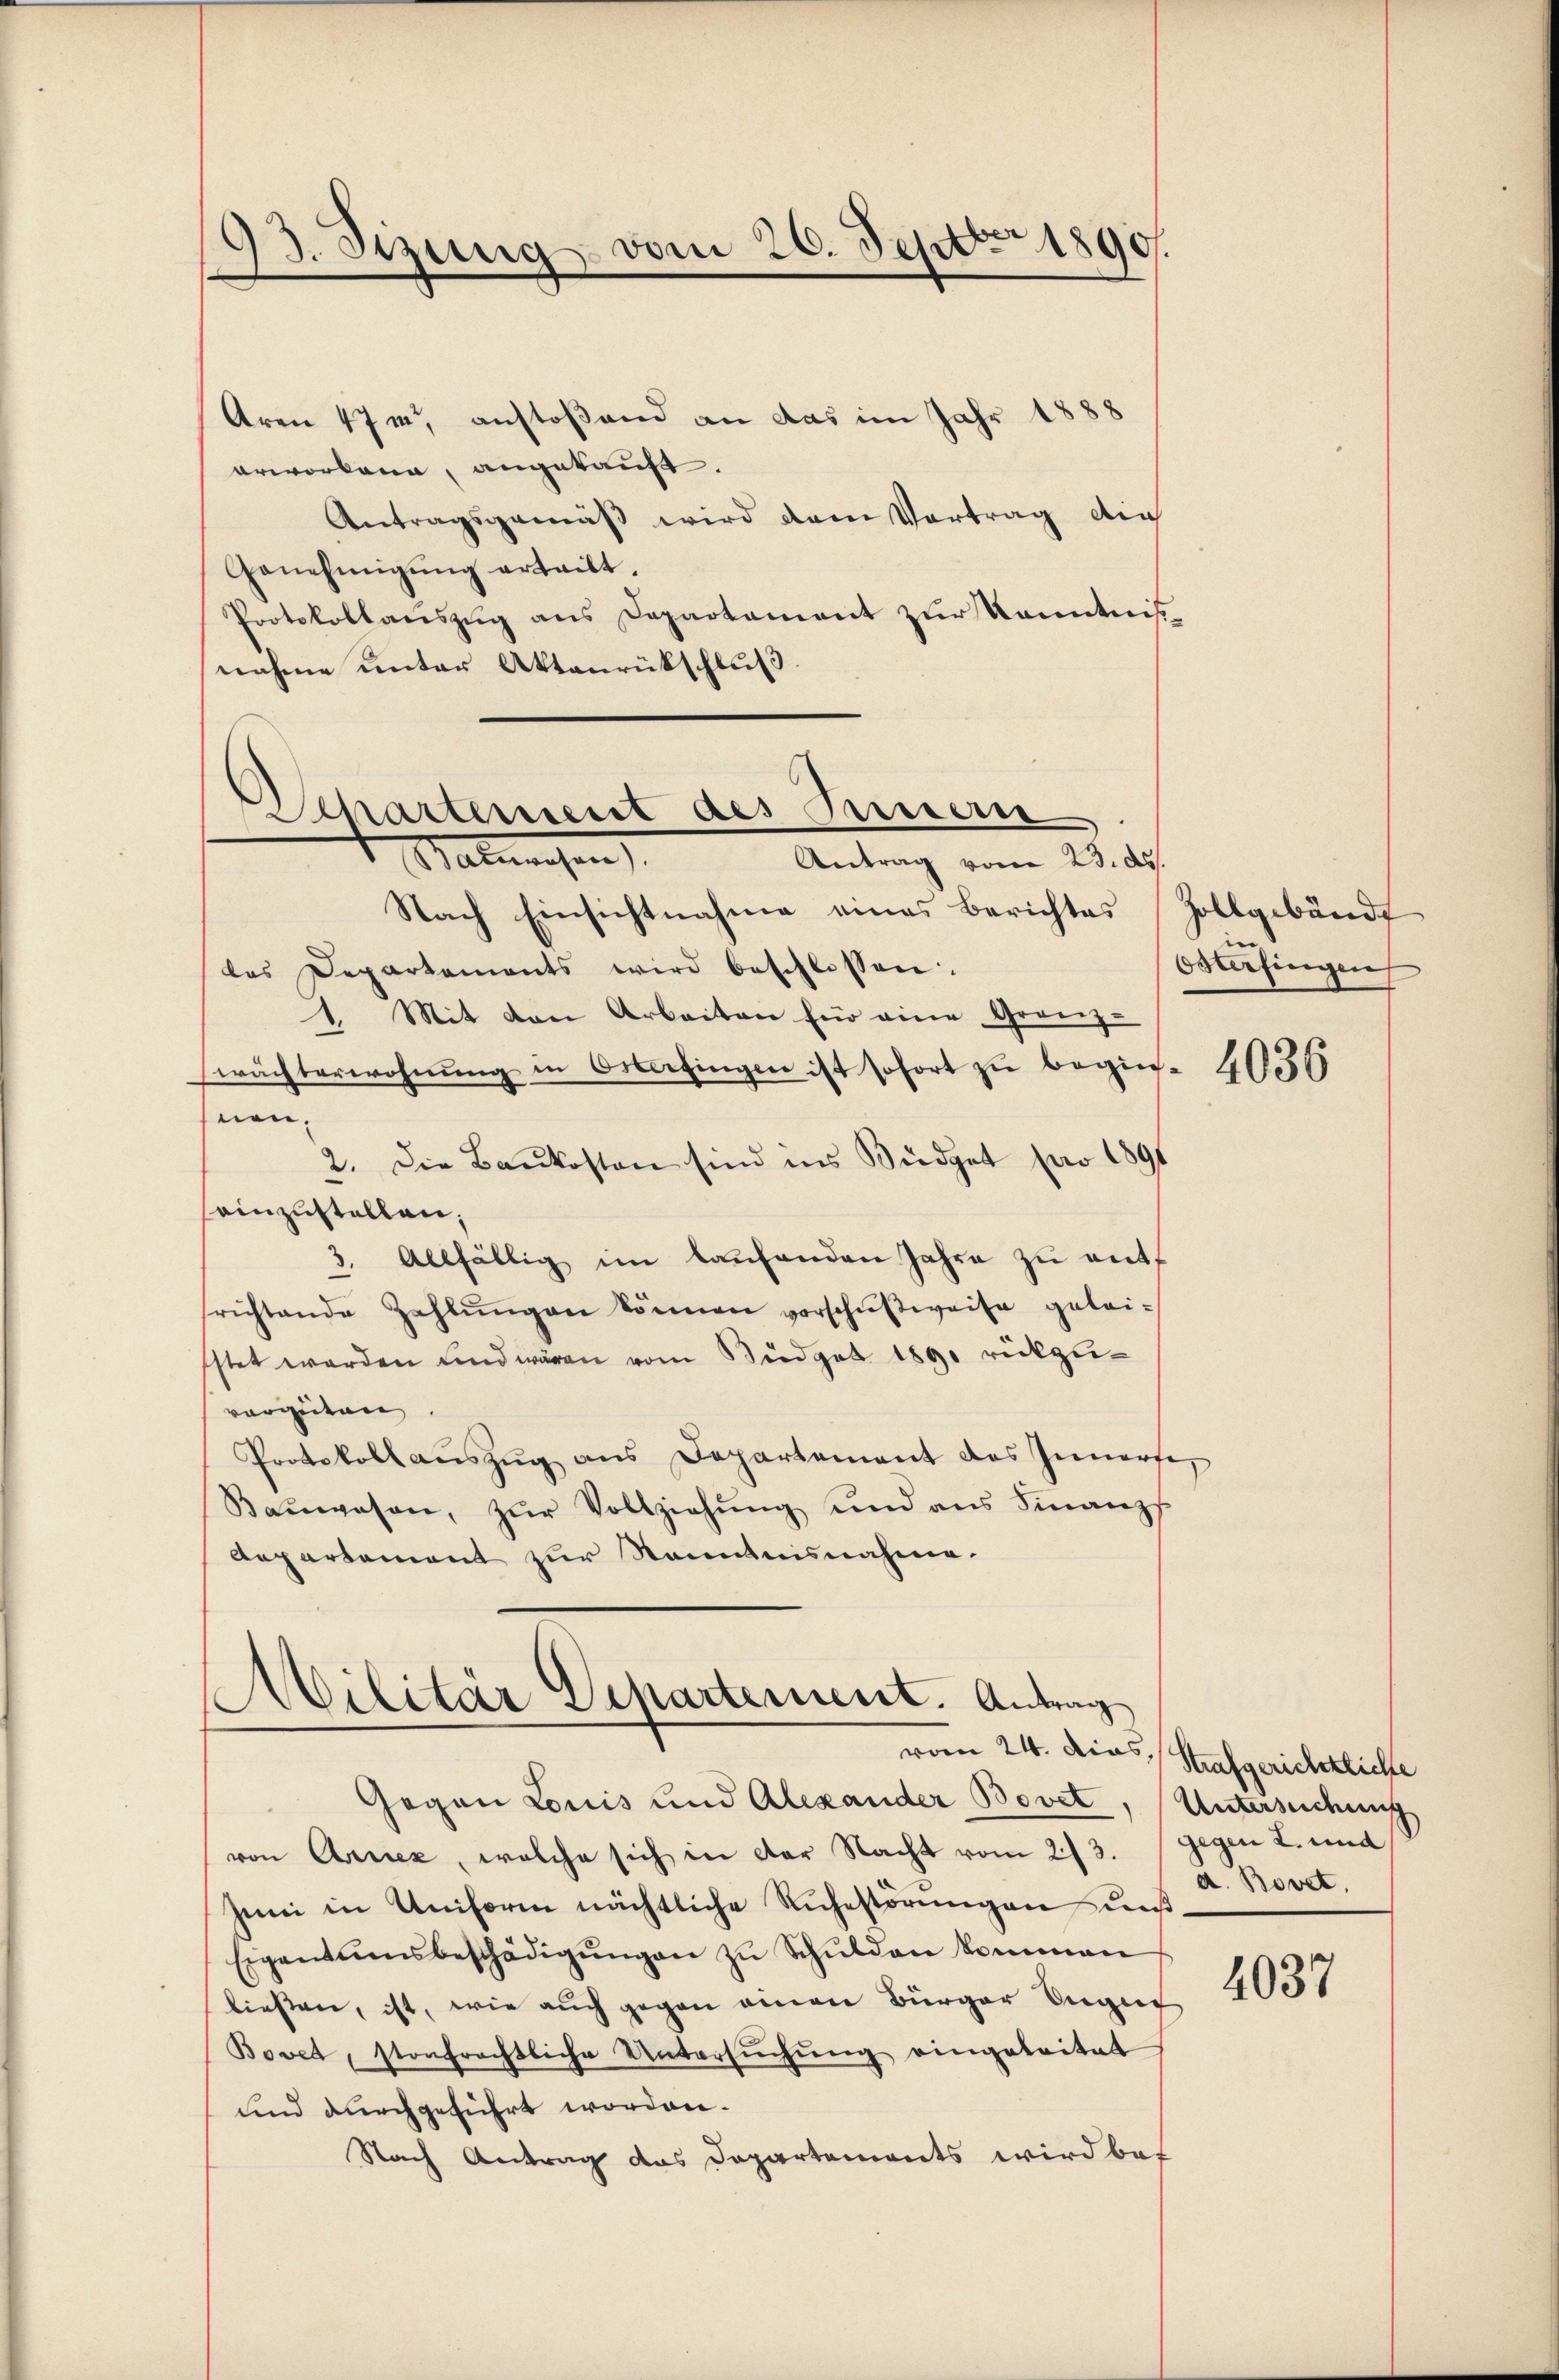
13. Sizung vom 26. Sept. 1890.

Aren 47 m anstoßend an das im Jahr 1888
erworbene, angekauft.
Antragsgemäß wird dem Vortrag der
Genehmigŭng erteilt.
Protokollauszug aus Departement zur Kenntniß
nahme unter Aktenrückschluß
Nach Einsichtnahme eines Berichtes
das Departements wird beschlossen:
1. Mit den Arbeiten für eine Grenz-
wächterwohnŭng in Osterfingen ist sofort zu begin-
nen.
2. Die Baukosten sind ins Büdget pro 1891
einzustellen,
3. Allfällig im Laufenden Jahre zu ant
frichtende Zahlŭngen können vorschŭβweise gelei-
stet werden und wären vom Büdget 1890 rückgevorzeiten
Protokoll aŭszŭg ans Departement des Innerse
Baŭwesen, zŭr Vollziehŭng und ans Finanzf
Aepartement zur Kenntnisnahme.
t
Militär Departement. Antrag
vom 24. dies, Strafgerichtliche
Gegen Louis und Alexander Bovet,
von Arciez, welche sich in der Nacht vom 273.
Juni in Uniform nächtliche Ruhestörungen uns¬
Eigentumsbeschädigŭngen zu Schulden kommen
ließen, ist, wie auch gegen einen Bürger Angef
Bovet, sontrachtliche Untersŭchŭng eingeleitet
und durchgeführt worden.
Nach Antrag das Departements wird bat

Separtement des Innern
Malwesen
Antrag vom 23. ds.

Zollgebäude
Osterfingen

4036

Untersuchung
gegen 2. und
a. Bovet.

4037